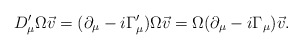
\begin{align*}D_\mu^\prime\Omega\vec{v}=(\partial_\mu-i\Gamma_\mu^\prime)\Omega\vec{v}=\Omega(\partial_\mu-i\Gamma_\mu)\vec{v}.\end{align*}